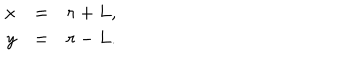
LaTeX: \begin{array} { r c l } { { x } } & { { = } } & { { r + L , } } \\ { { y } } & { { = } } & { { r - L . } } \\ \end{array}